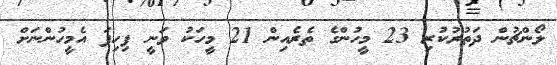
ލޯންޗުން ދަތުރުކުރި 23 މީހުންގެ ތެރެއިން 21 މީހަކު ވަނީ ފިހިފަ އެމީހުންނަށް